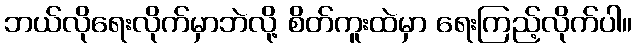
ဘယ်လိုရေးလိုက်မှာဘဲလို့ စိတ်ကူးထဲမှာ ရေးကြည့်လိုက်ပါ။